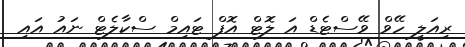
ރިއަލީ ހޭވް ވޭސްޓެޑް އަ ލޮޓް އޮފް ޓައިމް ސްކާލެޓް ނައު އައި